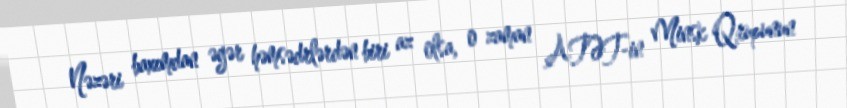
Nəzəri baxımdan əgər həmsədrlərdən biri az olsa, o zaman ATƏT-in Minsk Qrupunun